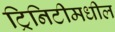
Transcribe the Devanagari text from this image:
ट्रिनिटीमधील